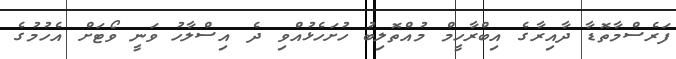
ފަރެސްމާތޮޑާ ދާއިރާގެ އިބްރާހީމް މުއްތޮލިބު ހުށަހެޅުއްވި ދެ އިސްލާހު ވަނީ ވޯޓަށް އެހުމުގެ